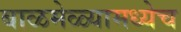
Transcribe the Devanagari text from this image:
बाळमेळ्यामध्येच